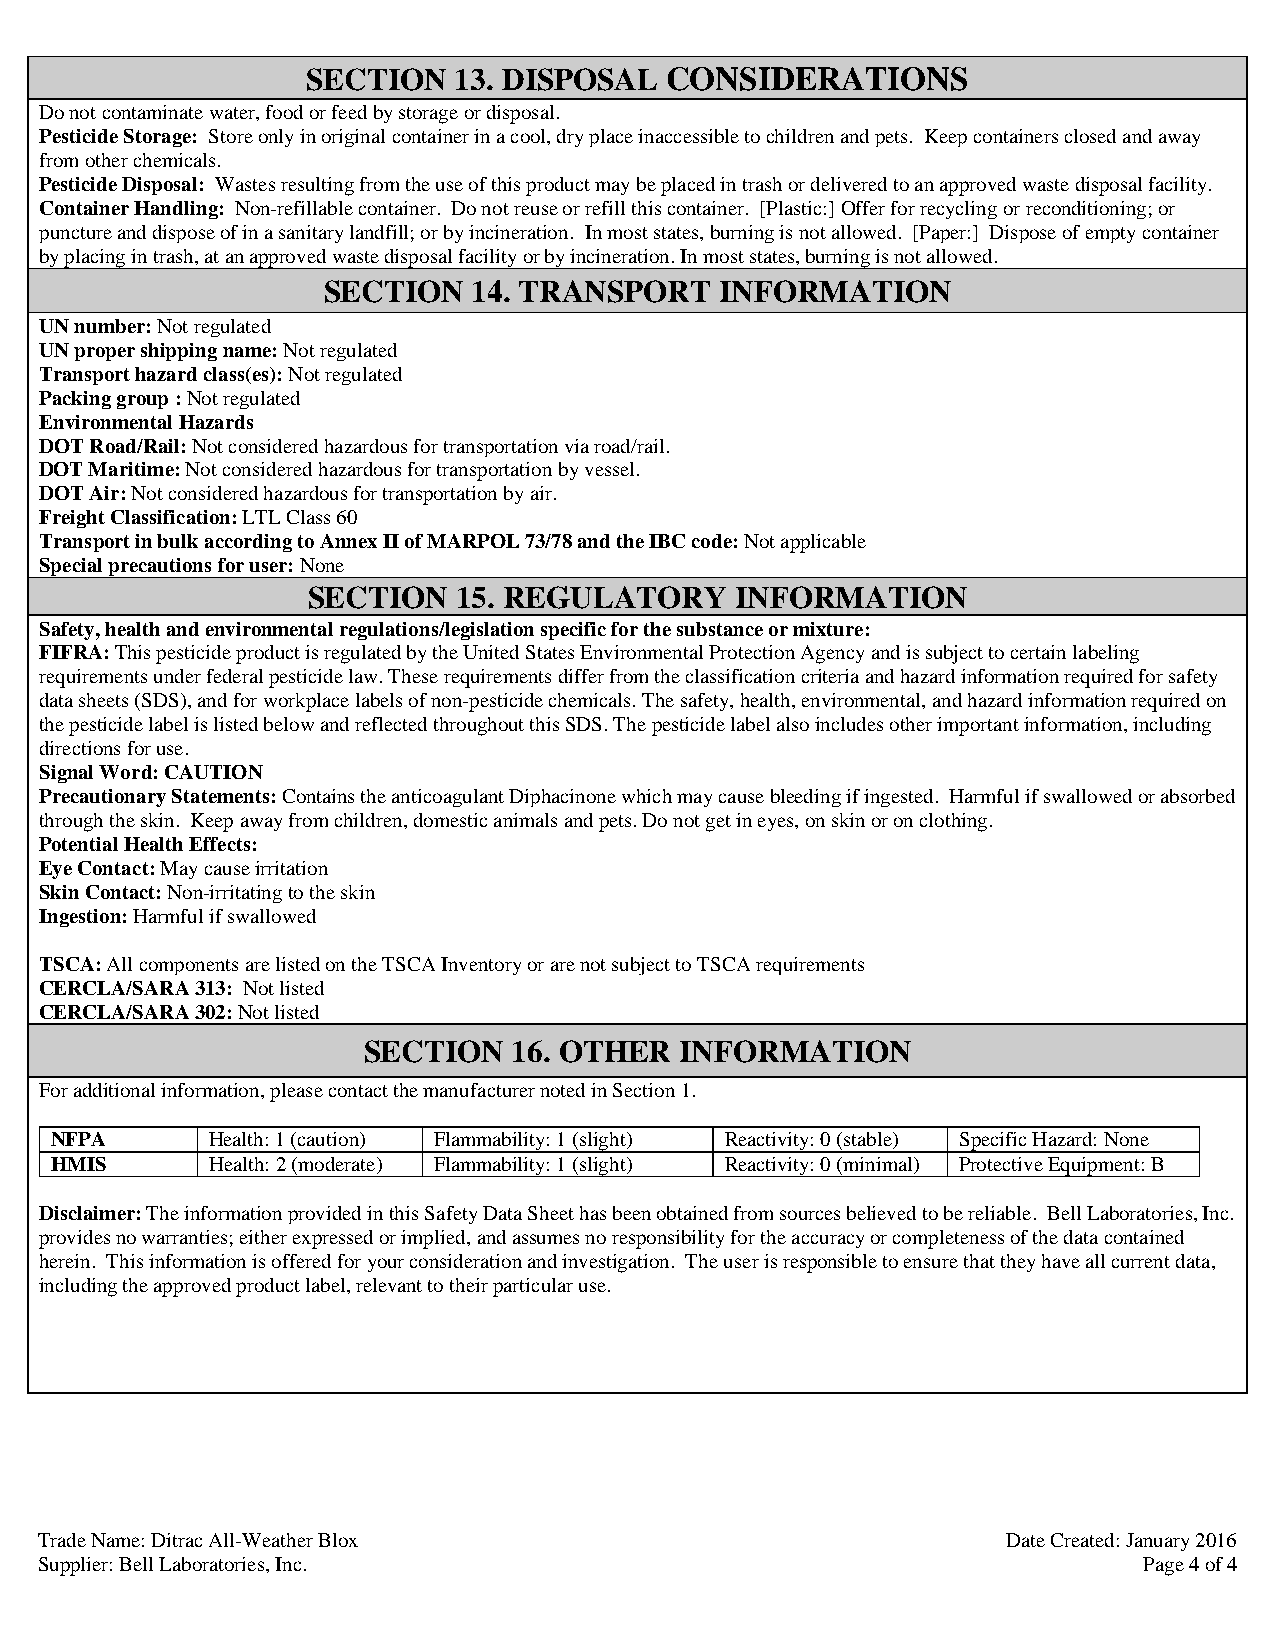
SECTION   13. DISPOSAL  CONSIDERATIONS
 Do not contaminate water, food or feed by storage or disposal.
 Pesticide Storage: Store only in original container in a cool, dry place inaccessible to children and pets. Keep containers closed and away
 from other chemicals.
 Pesticide Disposal: Wastes resulting from the use of this product may be placed in trash or delivered to an approved waste disposal facility.
 Container Handling: Non-refillable container. Do not reuse or refill this container. [Plastic:] Offer for recycling or reconditioning; or
 puncture and dispose of in a sanitary landfill; or by incineration. In most states, burning is not allowed. [Paper:] Dispose of empty container
 by placing in trash, at an approved waste disposal facility or by incineration. In most states, burning is not allowed.
 SECTION   14. TRANSPORT    INFORMATION
 UN number: Not regulated
 UN proper shipping name: Not regulated
 Transport hazard class(es): Not regulated
 Packing group : Not regulated
 Environmental Hazards
 DOT Road/Rail: Not considered hazardous for transportation via road/rail.
 DOT Maritime: Not considered hazardous for transportation by vessel.
 DOT Air: Not considered hazardous for transportation by air.
 Freight Classification: LTL Class 60
 Transport in bulk according to Annex II of MARPOL 73/78 and the IBC code: Not applicable
 Special precautions for user: None
 SECTION   15. REGULATORY     INFORMATION
 Safety, health and environmental regulations/legislation specific for the substance or mixture:
 FIFRA: This pesticide product is regulated by the United States Environmental Protection Agency and is subject to certain labeling
 requirements under federal pesticide law. These requirements differ from the classification criteria and hazard information required for safety
 data sheets (SDS), and for workplace labels of non-pesticide chemicals. The safety, health, environmental, and hazard information required on
 the pesticide label is listed below and reflected throughout this SDS. The pesticide label also includes other important information, including
 directions for use.
 Signal Word: CAUTION
 Precautionary Statements: Contains the anticoagulant Diphacinone which may cause bleeding if ingested. Harmful if swallowed or absorbed
 through the skin. Keep away from children, domestic animals and pets. Do not get in eyes, on skin or on clothing.
 Potential Health Effects:
 Eye Contact: May cause irritation
 Skin Contact: Non-irritating to the skin
 Ingestion: Harmful if swallowed
 TSCA: All components are listed on the TSCA Inventory or are not subject to TSCA requirements
 CERCLA/SARA 313: Not listed
 CERCLA/SARA 302: Not listed
 SECTION   16. OTHER  INFORMATION
 For additional information, please contact the manufacturer noted in Section 1.
 NFPA       Health: 1 (caution) Flammability: 1 (slight) Reactivity: 0 (stable) Specific Hazard: None
 HMIS       Health: 2 (moderate) Flammability: 1 (slight) Reactivity: 0 (minimal) Protective Equipment: B
 Disclaimer: The information provided in this Safety Data Sheet has been obtained from sources believed to be reliable. Bell Laboratories, Inc.
 provides no warranties; either expressed or implied, and assumes no responsibility for the accuracy or completeness of the data contained
 herein. This information is offered for your consideration and investigation. The user is responsible to ensure that they have all current data,
 including the approved product label, relevant to their particular use.
 Trade Name: Ditrac All-Weather Blox                              Date Created: January 2016
 Supplier: Bell Laboratories, Inc.                                         Page 4 of 4